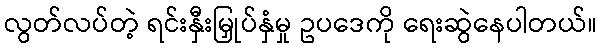
လွတ်လပ်တဲ့ ရင်းနှီးမြှုပ်နှံမှု ဥပဒေကို ရေးဆွဲနေပါတယ်။